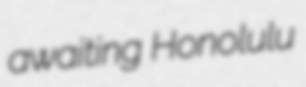
awaiting Honolulu